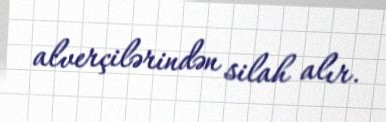
alverçilərindən silah alır.